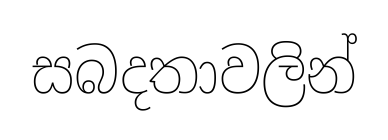
සබදතාවලින්